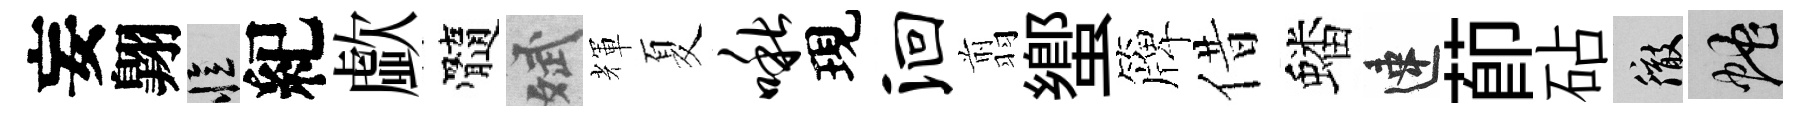
妄翺忆紀歔髓斌輝夏啾現洄翦蠁簰借蟠速莭砧徹蛇